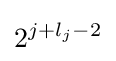
2^{j+l_{j}-2}